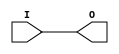
module AUTOBUF (O, I);

    parameter BUFFER_TYPE = "AUTO";

`ifdef XIL_TIMING

    parameter LOC = "UNPLACED";

`endif

    
    output O;

    input  I;

    initial begin
	
	case (BUFFER_TYPE)
	    "AUTO" : ;
	    "BUF" : ;
	    "BUFG" : ;
	    "BUFGP" : ;
	    "BUFH" : ;
	    "BUFIO" : ;
	    "BUFIO2" : ;
	    "BUFIO2FB" : ;
	    "BUFR" : ;
	    "IBUF" : ;
	    "IBUFG" : ;
	    "NONE" : ;
	    "OBUF" : ;
	    default : begin
		$display("Attribute Syntax Error : The Attribute BUFFER_TYPE on AUTOBUF instance %m is set to %s.  Legal values for this attribute are AUTO, BUF, BUFG, BUFGP, BUFH, BUFIO, BUFIO2, BUFIO2FB, BUFR, IBUF, IBUFG, NONE, and OBUF.", BUFFER_TYPE);
	    end
	endcase
	
    end

    buf B1 (O, I);
    
`ifdef XIL_TIMING

    specify

	(I => O) = (0:0:0, 0:0:0);
	specparam PATHPULSE$ = 0;
	
    endspecify

`endif
    
endmodule